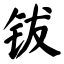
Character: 钹